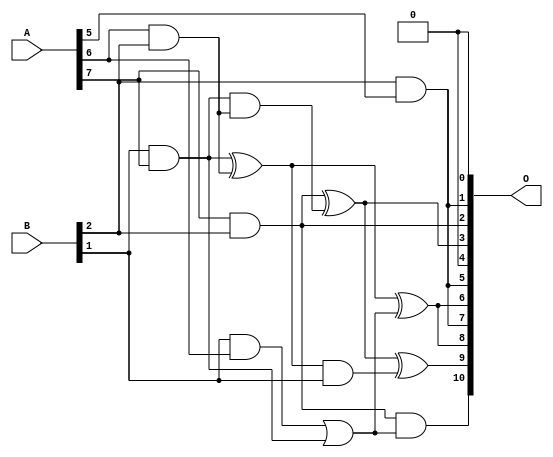
/***
* This code is a part of EvoApproxLib library (ehw.fit.vutbr.cz/approxlib) distributed under The MIT License.
* When used, please cite the following article(s): V. Mrazek, L. Sekanina, Z. Vasicek "Libraries of Approximate Circuits: Automated Design and Application in CNN Accelerators" IEEE Journal on Emerging and Selected Topics in Circuits and Systems, Vol 10, No 4, 2020 
* This file contains a circuit from a sub-set of pareto optimal circuits with respect to the pwr and mre parameters
***/
// MAE% = 4.36 %
// MAE = 89 
// WCE% = 13.62 %
// WCE = 279 
// WCRE% = 150.00 %
// EP% = 86.91 %
// MRE% = 43.25 %
// MSE = 13470 
// PDK45_PWR = 0.0057 mW
// PDK45_AREA = 30.0 um2
// PDK45_DELAY = 0.15 ns

module mul8x3u_1A4 (
    A,
    B,
    O
);

input [7:0] A;
input [2:0] B;
output [10:0] O;

wire sig_32,sig_33,sig_34,sig_63,sig_64,sig_66,sig_67,sig_68,sig_81,sig_82,sig_83,sig_97,sig_98;

assign sig_32 = B[2] & A[5];
assign sig_33 = A[6] & B[2];
assign sig_34 = A[7] & B[2];
assign sig_63 = B[1] & A[6];
assign sig_64 = B[1] & A[7];
assign sig_66 = sig_63 | sig_64;
assign sig_67 = sig_64 & sig_33;
assign sig_68 = sig_64 ^ sig_33;
assign sig_81 = sig_68 ^ sig_66;
assign sig_82 = sig_68 & B[1];
assign sig_83 = sig_34 ^ sig_67;
assign sig_97 = sig_83 ^ sig_82;
assign sig_98 = sig_34 & sig_66;

assign O[10] = sig_98;
assign O[9] = sig_97;
assign O[8] = sig_81;
assign O[7] = sig_32;
assign O[6] = sig_81;
assign O[5] = sig_32;
assign O[4] = 1'b0;
assign O[3] = sig_83;
assign O[2] = sig_34;
assign O[1] = sig_32;
assign O[0] = 1'b0;

endmodule